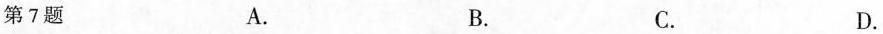
第7题 A. B. C. D.